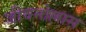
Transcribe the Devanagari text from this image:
जीवनोल्लास